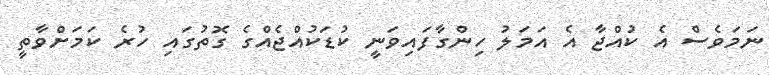
ނަމަވެސް އެ ކުއްޖާ އެ އަމަލު ހިންގާފައިވަނީ ކުޑަކުއްޖެއްގެ ގޮތުގައި ހުރެ ކަމަށްވާތީ